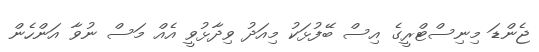
ޖެންޑަ މިނިސްޓްރީގެ އިސް ބޭފުޅަކު މިއަދު ވިދާޅުވީ އެއް މަސް ނުވާ އަންހެން